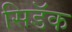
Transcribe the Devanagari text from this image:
सिडॅक